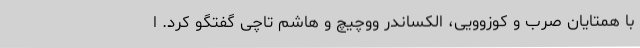
با همتایان صرب و کوزوویی، الکساندر ووچیچ و هاشم تاچی گفتگو کرد. ا